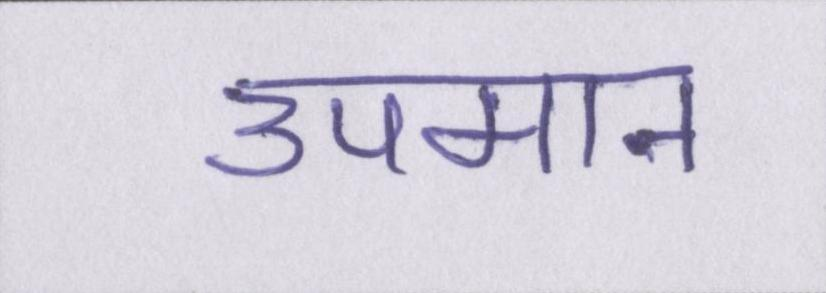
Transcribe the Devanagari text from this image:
उपमान